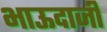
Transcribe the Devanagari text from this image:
भाऊदाजी